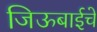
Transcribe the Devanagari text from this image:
जिऊबाईचे